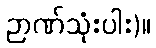
ဉာဏ်သုံးပါး)။